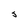
Character: S